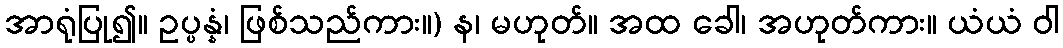
အာရုံပြု၍။ ဥပ္ပန္နံ၊ ဖြစ်သည်ကား။) န၊ မဟုတ်။ အထ ခေါ၊ အဟုတ်ကား။ ယံယံ ဝါ